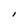
Character: l